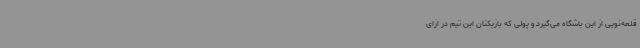
قلعه‌نویی از این باشگاه می‌گیرد و پولی که بازیکنان این تیم در ازای